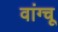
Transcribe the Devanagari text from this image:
वांग्चू